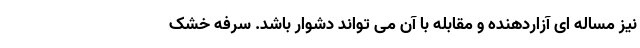
نیز مساله ای آزاردهنده و مقابله با آن می تواند دشوار باشد. سرفه خشک